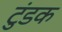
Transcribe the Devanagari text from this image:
टुंडक